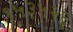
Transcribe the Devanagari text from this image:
१५३५२६